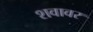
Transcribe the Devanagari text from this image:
शवावर